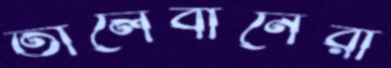
তালেবানেরা